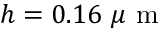
h = 0 . 1 6 ~ \mu \textrm { m }